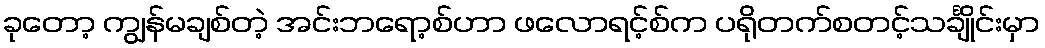
ခုတော့ ကျွန်မချစ်တဲ့ အင်းဘရော့စ်ဟာ ဖလောရင့်စ်က ပရိုတက်စတင့်သင်္ချိုင်းမှာ